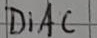
Text: DiAC